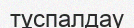
тұспалдау